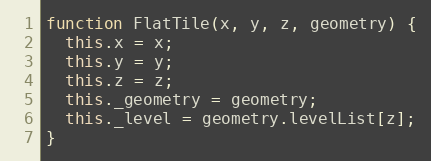
Language: JavaScript
function FlatTile(x, y, z, geometry) {
  this.x = x;
  this.y = y;
  this.z = z;
  this._geometry = geometry;
  this._level = geometry.levelList[z];
}